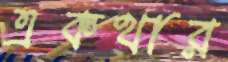
একথার